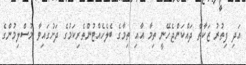
އަދި ފިތުރު ޒަކާތް ދައްކަންޖެހޭނީ ތިމާ އާއި ތިމާގެ ބެލެހެއްޓުންތެރިކަމުގެ ދަށުގައިވާ މުސްލިމުންގެ